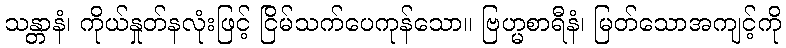
သန္တာနံ၊ ကိုယ်နှုတ်နလုံးဖြင့် ငြိမ်သက်ပေကုန်သော။ ဗြဟ္မစာရီနံ၊ မြတ်သောအကျင့်ကို